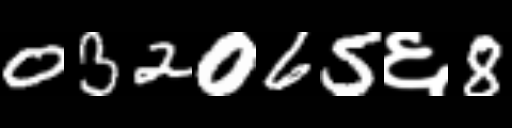
Text: 032065६8